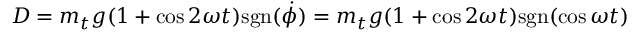
D = m _ { t } g ( 1 + \cos 2 \omega t ) \mathrm { s g n } ( \dot { \phi } ) = m _ { t } g ( 1 + \cos 2 \omega t ) \mathrm { s g n } ( \cos \omega t )